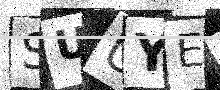
Text: SUUYET